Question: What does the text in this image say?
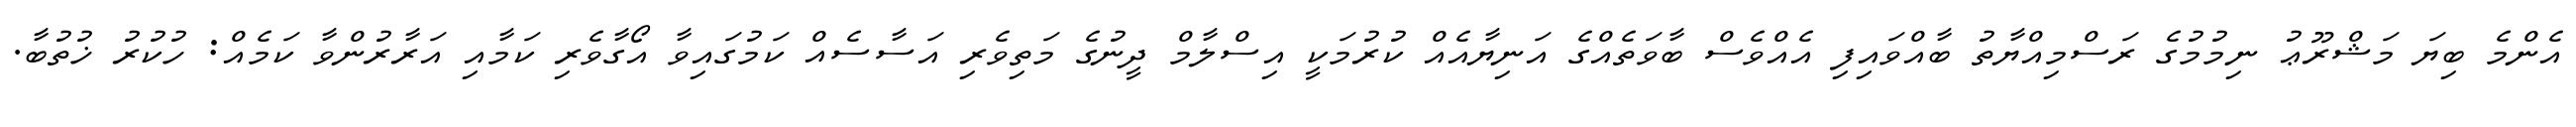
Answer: އެންމެ ބިޔަ މަޝްރޫޢު ނިމުމުގެ ރަސްމިއްޔާތު ބާއްވައިފި އެއްވެސް ބާވަތެއްގެ އަނިޔާއެއް ކުރުމަކީ އިސްލާމް ދީނުގެ މަތިވެރި އަސާސެއް ކަމުގައިވާ އޯގާވެރި ކަމާއި އަރާރުންވާ ކަމެއް: ހުކުރު ޚުތުބާ.